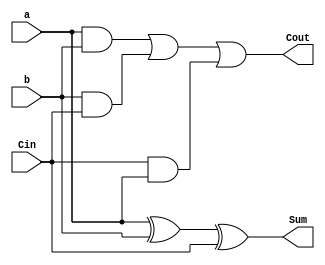
module full_adder(a,b,Cin,Cout,Sum);
    input a;
    input b;
    input Cin;
    output Cout;
    output Sum;
    assign Sum=a^b^Cin;
    assign Cout=a&b|b&Cin|Cin&a;
endmodule

module f_adder;
    reg a;
    reg b;
    reg Cin;
    wire Sum;
    wire Cout;
    full_adder test1(a,b,Cin,Cout,Sum);
    initial begin
        $dumpfile("wave.vcd");
        $dumpvars(0, f_adder);
        a=0;
        b=0;
        Cin=0;
        #100;
        a=0;
        b=0;
        Cin=1;
        #100;
        a=0;
        b=1;
        Cin=0;
        #100;
        a=0;
        b=1;
        Cin=1;
        #100;
        a=1;
        b=0;
        Cin=0;
        #100;
        a=1;
        b=0;
        Cin=1;
        #100;
        a=1;
        b=1;
        Cin=0;
        a=1;b=1;Cin=1;#100;
        #100;
        // #6000 $finish;
    end
endmodule